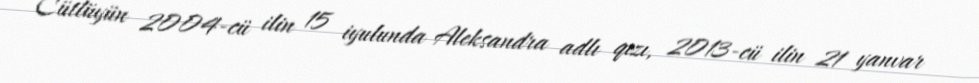
Cütlüyün 2004-cü ilin 15 iyulunda Aleksandra adlı qızı, 2013-cü ilin 21 yanvar